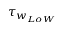
\tau _ { w _ { L o W } }